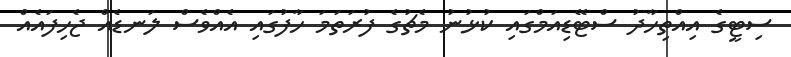
ސިޓީގެ އިއްތިހާދު ސްޓޭޑިއަމްގައި ކުޅުނު މެޗުގެ ފުރަތަމަ ހާފުގައި އެއްވެސް ލަނޑެއް ޖެހިފައެއް